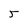
Character: 5